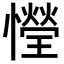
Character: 𢣙